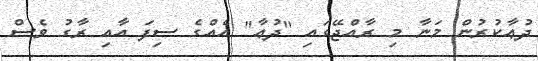
ދުޢާކުރުން މަނާ މި ރާއްޖޭގައި "ދުޢާ" އެއްގެ ސިފަ އާއި ރާގު ވެސް